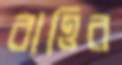
বাত্তির